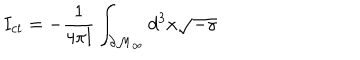
I _ { c t } = - \frac 1 { 4 \pi l } \int _ { \partial \mathcal { M } _ { \infty } } d ^ { 3 } x \sqrt { - \gamma }